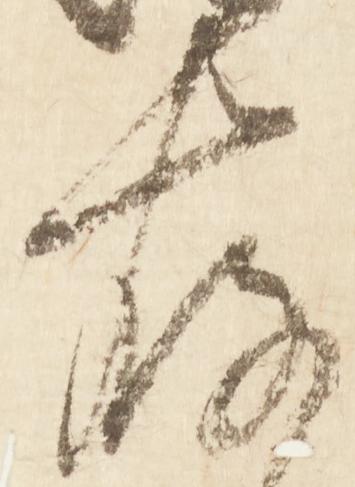
存